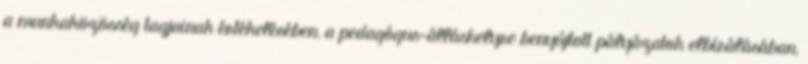
a munkaközösség tagjainak értékelésében, a pedagógus-álláshelyre benyújtott pályázatok elbírálásában,